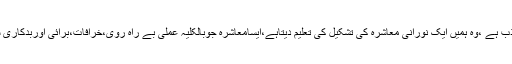
اسلام ایک مذہب مہذب ہے ،وہ ہمیں ایک نورانی معاشرہ کی تشکیل کی تعلیم دیتاہے،ایسامعاشرہ جوبالکلیہ عملی بے راہ روی،خرافات،برائی اوربدکاری سے پاک وشفاف ہو۔